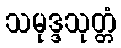
သမုဒ္ဒသုတ္တံ